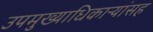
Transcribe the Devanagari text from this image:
उपमुख्याधिकाऱ्यांसह